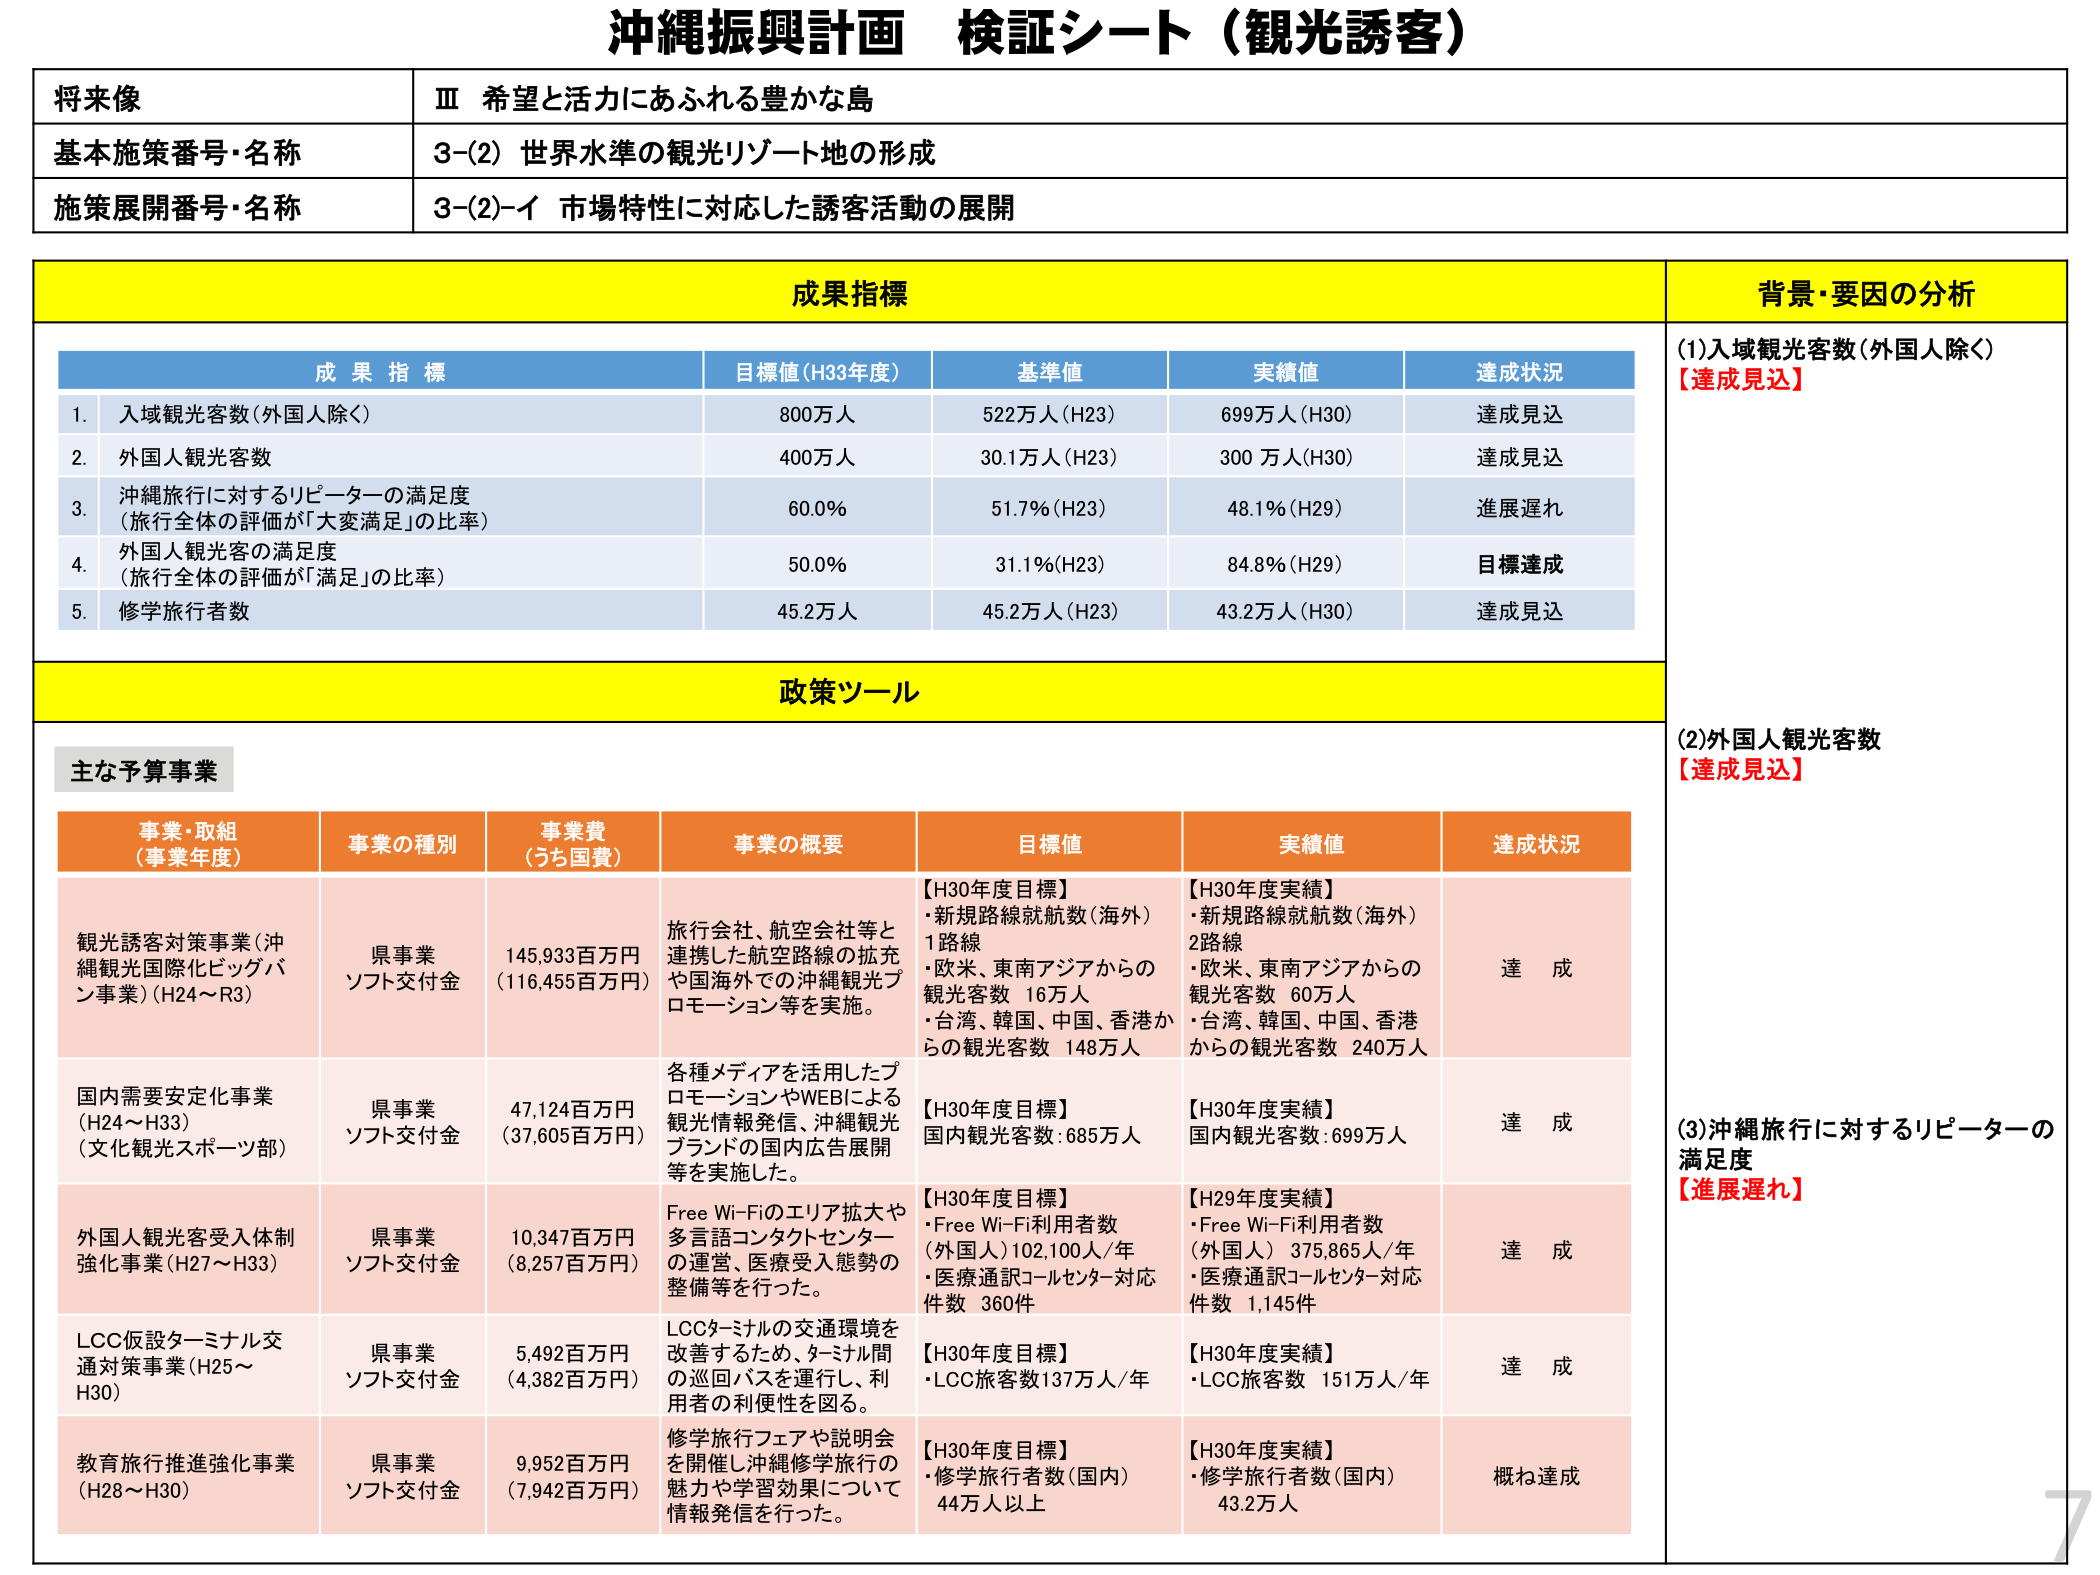
沖縄振興計画 検証シート（観光誘客）

将来像
Ⅲ 希望と活力にあふれる豊かな島

基本施策番号・名称
3-(2) 世界水準の観光リゾート地の形成

施策展開番号・名称
3-(2)-イ 市場特性に対応した誘客活動の展開

成果指標
背景・要因の分析

成果指標
目標値（H33年度）
基準値
実績値
達成状況

1. 入域観光客数（外国人除く）
800万人
522万人（H23）
699万人（H30）
達成見込

2. 外国人観光客数
400万人
30.1万人（H23）
300万人（H30）
達成見込

3. 沖縄旅行に対するリピーターの満足度
（旅行全体の評価が「大変満足」の比率）
60.0％
51.7％（H23）
48.1％（H29）
進展遅れ

4. 外国人観光客の満足度
（旅行全体の評価が「満足」の比率）
50.0％
31.1％（H23）
84.8％（H29）
目標達成

5. 修学旅行者数
45.2万人
45.2万人（H23）
43.2万人（H30）
達成見込

政策ツール

主な予算事業

事業・取組
（事業年度）
事業の種別
事業費
（うち国費）
事業の概要
目標値
実績値
達成状況

観光誘客対策事業（沖縄観光国際化ビッグバン事業）（H24～R3）
県事業
ソフト交付金
145,933百万円
（116,455百万円）
旅行会社、航空会社等と連携した航空路線の拡充や国海外での沖縄観光プロモーション等を実施。
【H30年度目標】
・新規路線就航数（海外）1路線
・欧米、東南アジアからの観光客数 16万人
・台湾、韓国、中国、香港からの観光客数 148万人
【H30年度実績】
・新規路線就航数（海外）2路線
・欧米、東南アジアからの観光客数 60万人
・台湾、韓国、中国、香港からの観光客数 240万人
達成

国内需要安定化事業（H24～H33）（文化観光スポーツ部）
県事業
ソフト交付金
47,124百万円
（37,605百万円）
各種メディアを活用したプロモーションやWEBによる観光情報発信、沖縄観光ブランドの国内広告展開等を実施した。
【H30年度目標】
国内観光客数：685万人
【H30年度実績】
国内観光客数：699万人
達成

外国人観光客受入体制強化事業（H27～H33）
県事業
ソフト交付金
10,347百万円
（8,257百万円）
Free Wi-Fiのエリア拡大や多言語コンタクトセンターの運営、医療受入態勢の整備等を行った。
【H30年度目標】
・Free Wi-Fi利用者数（外国人）102,100人/年
・医療通訳コールセンター対応件数 360件
【H29年度実績】
・Free Wi-Fi利用者数（外国人）375,865人/年
・医療通訳コールセンター対応件数 1,145件
達成

LCC仮設ターミナル交通対策事業（H25～H30）
県事業
ソフト交付金
5,492百万円
（4,382百万円）
LCCターミナルの交通環境を改善するため、ターミナル間の巡回バスを運行し、利用者の利便性を図る。
【H30年度目標】
・LCC旅客数137万人/年
【H30年度実績】
・LCC旅客数 151万人/年
達成

教育旅行推進強化事業（H28～H30）
県事業
ソフト交付金
9,952百万円
（7,942百万円）
修学旅行フェアや説明会を開催し沖縄修学旅行の魅力や学習効果について情報発信を行った。
【H30年度目標】
・修学旅行者数（国内）44万人以上
【H30年度実績】
・修学旅行者数（国内）43.2万人
概ね達成

(1)入域観光客数（外国人除く）
【達成見込】

(2)外国人観光客数
【達成見込】

(3)沖縄旅行に対するリピーターの満足度
【進展遅れ】

7